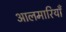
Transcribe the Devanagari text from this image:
आलमारियाँ